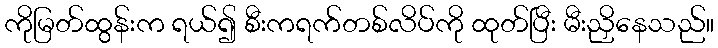
ကိုမြတ်ထွန်းက ရယ်၍ စီးကရက်တစ်လိပ်ကို ထုတ်ပြီး မီးညှိနေသည်။